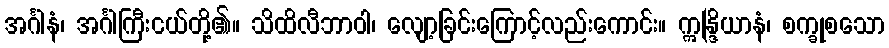
အင်္ဂါနံ၊ အင်္ဂါကြီးငယ်တို့၏။ သိထိလီဘာဝါ၊ လျော့ခြင်းကြောင့်လည်းကောင်း။ ဣန္ဒြိယာနံ၊ စက္ခုစသော